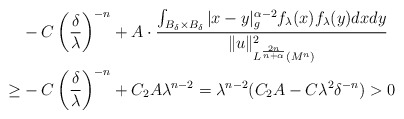
\begin{align*} &-C\left(\frac\delta\lambda\right)^{-n}+A \cdot \frac{\int_{B_\delta\times B_\delta}|x-y|_g^{\alpha-2}f_\lambda(x)f_\lambda(y)dxdy} {\|u\|_{L^{\frac{2n}{n+\alpha}}(M^n)}^2}\\ \geq&-C\left(\frac\delta\lambda\right)^{-n}+C_2A\lambda^{n-2} =\lambda^{n-2}(C_2A-C\lambda^2\delta^{-n})>0 \end{align*}